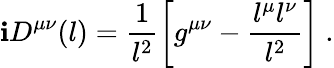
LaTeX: \mathbf{i}D^{\mu\nu}(l)=\frac{{1}}{{l^{2}}}\left[g^{\mu\nu}-\frac{{l^{\mu}l^{\nu}}}{{l^{2}}}\right]\ .